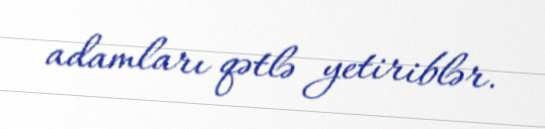
adamları qətlə yetiriblər.